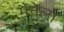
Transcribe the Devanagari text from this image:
मैनेला